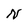
Character: N